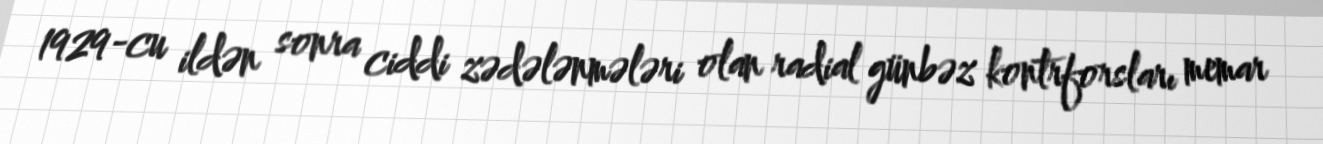
1929-cu ildən sonra ciddi zədələnmələri olan radial günbəz kontrforsları memar